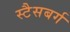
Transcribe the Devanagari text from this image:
स्टैसबर्ग